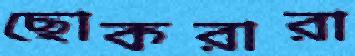
ছোকরারা